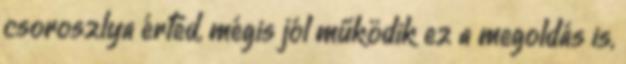
csoroszlya érted, mégis jól működik ez a megoldás is,